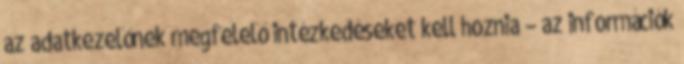
az adatkezelőnek megfelelő intézkedéseket kell hoznia – az információk